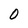
Character: 0